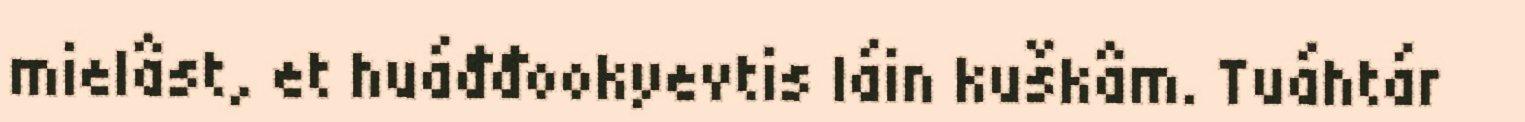
mielâst, et huáđđookyevtis láin kuškâm. Tuáhtár